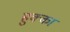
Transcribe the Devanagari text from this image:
हुक्‍का